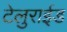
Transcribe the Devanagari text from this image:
टेलुराईड